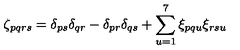
\zeta _ { p q r s } = \delta _ { p s } \delta _ { q r } - \delta _ { p r } \delta _ { q s } + \sum _ { u = 1 } ^ { 7 } \xi _ { p q u } \xi _ { r s u }